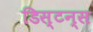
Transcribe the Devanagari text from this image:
डिस्टन्स